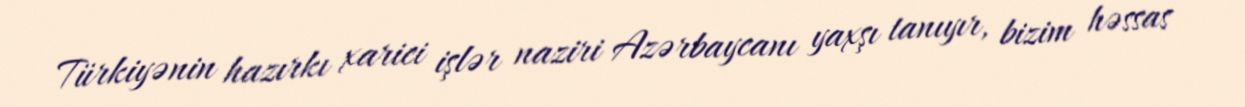
Türkiyənin hazırkı xarici işlər naziri Azərbaycanı yaxşı tanıyır, bizim həssas